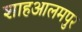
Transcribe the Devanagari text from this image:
शाहआलमपुर